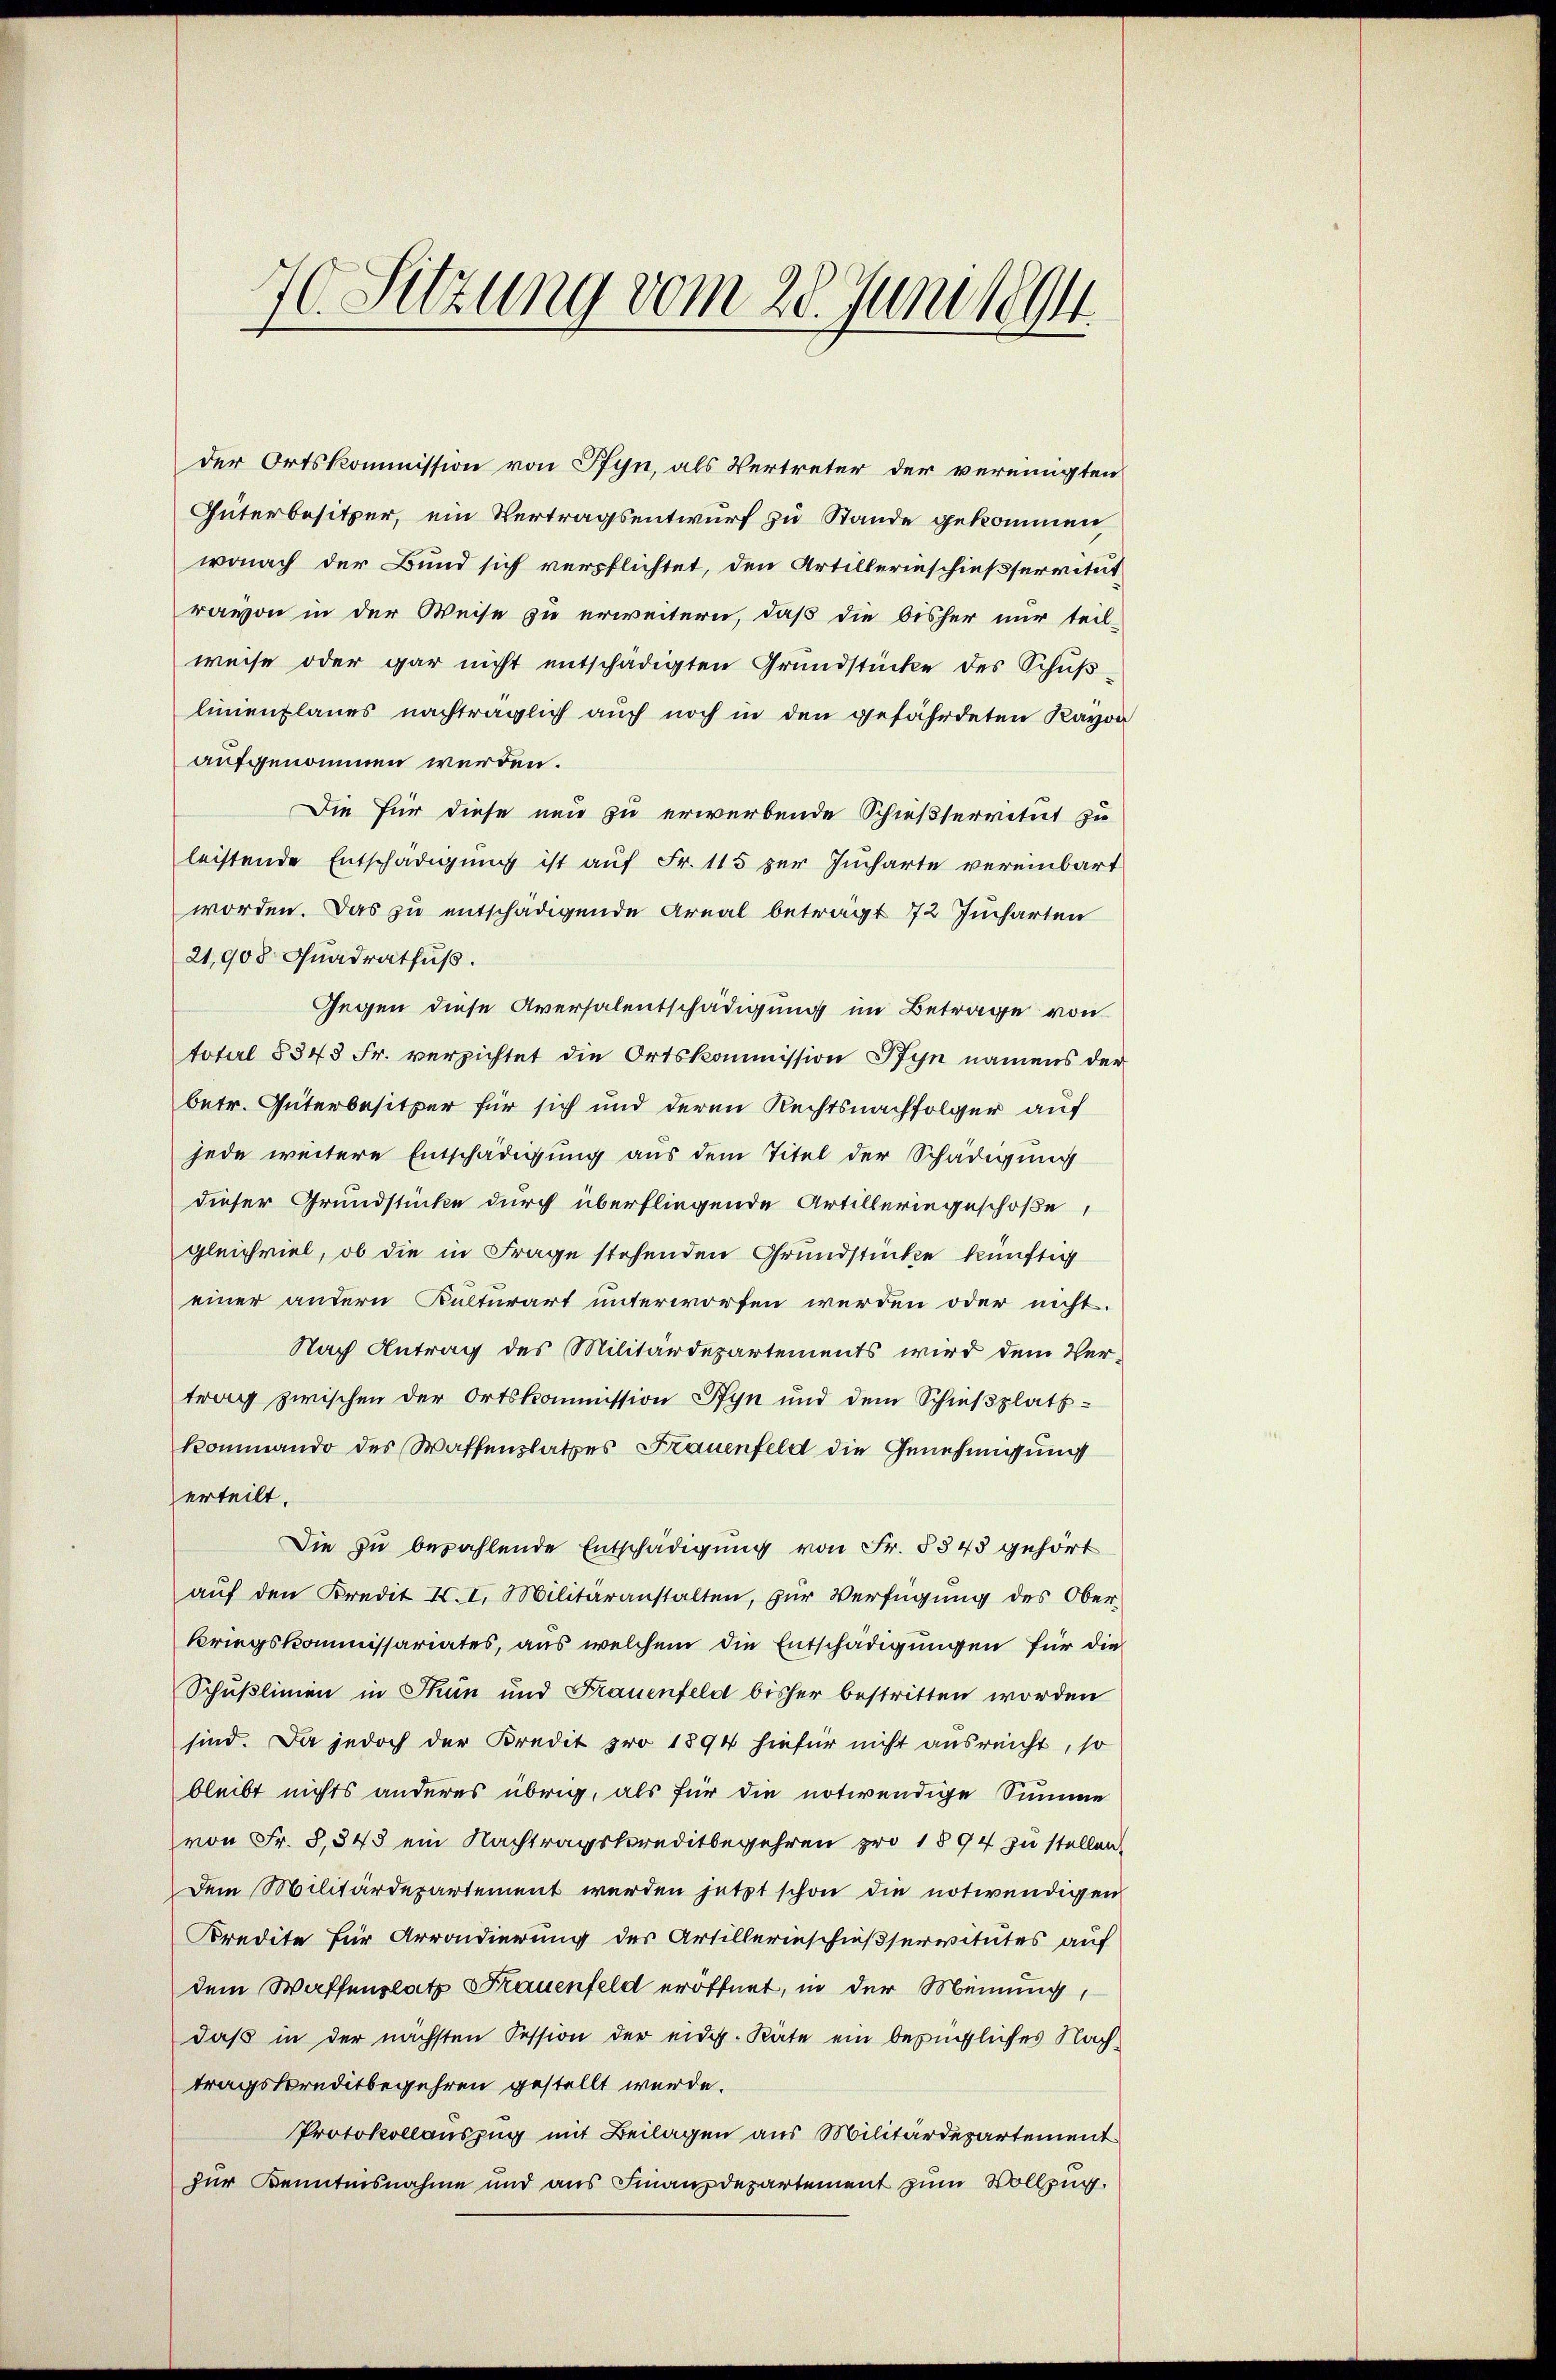
70. Sitzung vom 28. Juni leg

der Ortskommission von Pfyn, als Vertreter der vereinigten
Güterbesitzer, ein Vertragsentwurf zu Stande gekommen,
wonach der Bund sich verpflichtet, den Artillerinschießservitut
ravon in der Weise zu erweitern, daß die bisher nur teil-
weise oder gar nicht entschädigten Grundstücke des Schuß
linienplanes nachträglich auch noch in den gefährdeten Kayon
aufgenommen werden.
Die für diese neu zu erwerbende Schießservitut zu
leistende Entschädigung ist auf Fr. 115 zur Jucharte vereinbart
worden. Das zu entschädigende Areal beträgt 72 Jucharten
21,908 Quadratfuß.
Gegen diese Aversalentschädigung im Betrage von
total 8343 Fr. verzichtet die Ortskommission Pfyn namens der
betr. Güterbesitzer für sich und deren Rechtsnachfolger auf
jede weitere Entschädigung aus dem Titel der Schädigung
dieser Grundstücke durch überfliegende Artilleringeschoße,
gleichviel, ob die in Frage stehenden Grundstücke künftig
einer andern Kulturart unterworfen werden oder nicht.
Nach Antrag des Militärdepartements wird dem Ver-
trag zwischen der Ortskommission Pfyn und dem Schießplattkommando des Waffenplatzes Frauenfeld die Genehmigung
erteilt.
Die zu bezahlende Entschädigung von Fr. § 343 gehört
auf den Kredit II. I. Militäranstalten, zur Verfügung des Ober¬
Kriegskommissariates, aus welchem die Entschädigungen für die
Schußlinien in Thun und Frauenfeld bisher bestritten worden
sind. Da jedoch der Kredit pro 1894 hiefür nicht ausreicht, so
bleibt nichts anderes übrig, als für die notwendige Summe
von Fr. 8,848 ein Nachtragskreditbegehren pro 1894 zu stellen.
Dem Militärdepartement werden jetzt schon die notwendigen
Kredite für Arrondierung des Artillerinschießservitutes auf
dem Waffenplatz Frauenfeld eröffnet, in der Meinung,
daß in der nächsten Session der eidg. Räte ein bezügliches Nachtragskreditbegehren gestellt werde.
Protokollauszug mit Beilagen aus Militärdepartement
zur Kenntnisnahme und aus Finanzdepartement zum Vollzug.